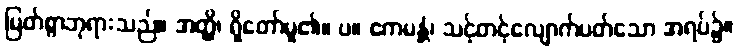
မြတ်စွာဘုရားသည်။ အတ္ထိ၊ ရှိတော်မူ၏။ ပ။ ဧကမန္တံ၊ သင့်တင့်လျောက်ပတ်သော အရပ်၌။